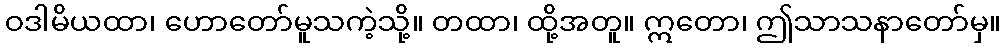
ဝဒါမိယထာ၊ ဟောတော်မူသကဲ့သို့။ တထာ၊ ထို့အတူ။ ဣတော၊ ဤသာသနာတော်မှ။